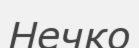
Нечко